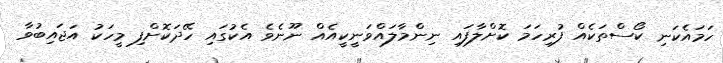
ހަމައެކަނި ކޯސްތަކެއް ފުރިހަމަ ކޮށްލާފައި ނިންމާލައްވަނީކީއެއް ނޫނެވެ އެކުގައި ހޭދަކޮށްފި މީހަކު އަޖައިބުވާ